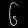
Digit: ၆